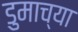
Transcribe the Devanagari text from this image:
डुमाच्या